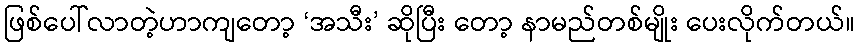
ဖြစ်ပေါ်လာတဲ့ဟာကျတော့ ‘အသီး’ ဆိုပြီး တော့ နာမည်တစ်မျိုး ပေးလိုက်တယ်။